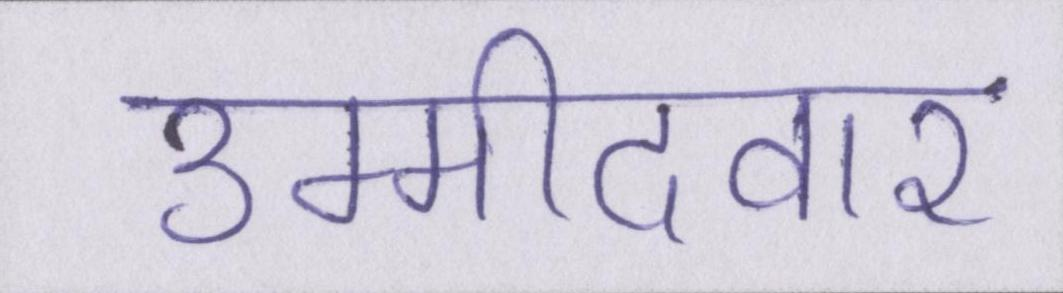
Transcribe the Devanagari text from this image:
उम्मीदवार